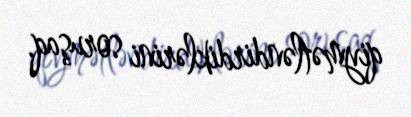
qiymətləndirdiklərini soruşaq.